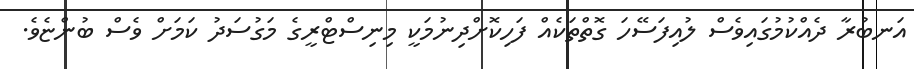
އަނބުރާ ދެއްކުމުގައިވެސް ލުއިފަސޭހަ ގޮތްތަކެއް ފަހިކޮށްދިނުމަކީ މިނިސްޓްރީގެ މަގުސަދު ކަމަށް ވެސް ބުންޏެވެ.